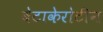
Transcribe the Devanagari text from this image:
बेटाकेरोटीन